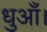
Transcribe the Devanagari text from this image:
धुआँ।